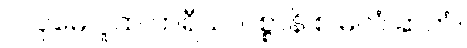
ဝါ ပုမေ ဂူထ ကရီသ၊ ဝစ္စာနိ စ မလံ ဆကံ။